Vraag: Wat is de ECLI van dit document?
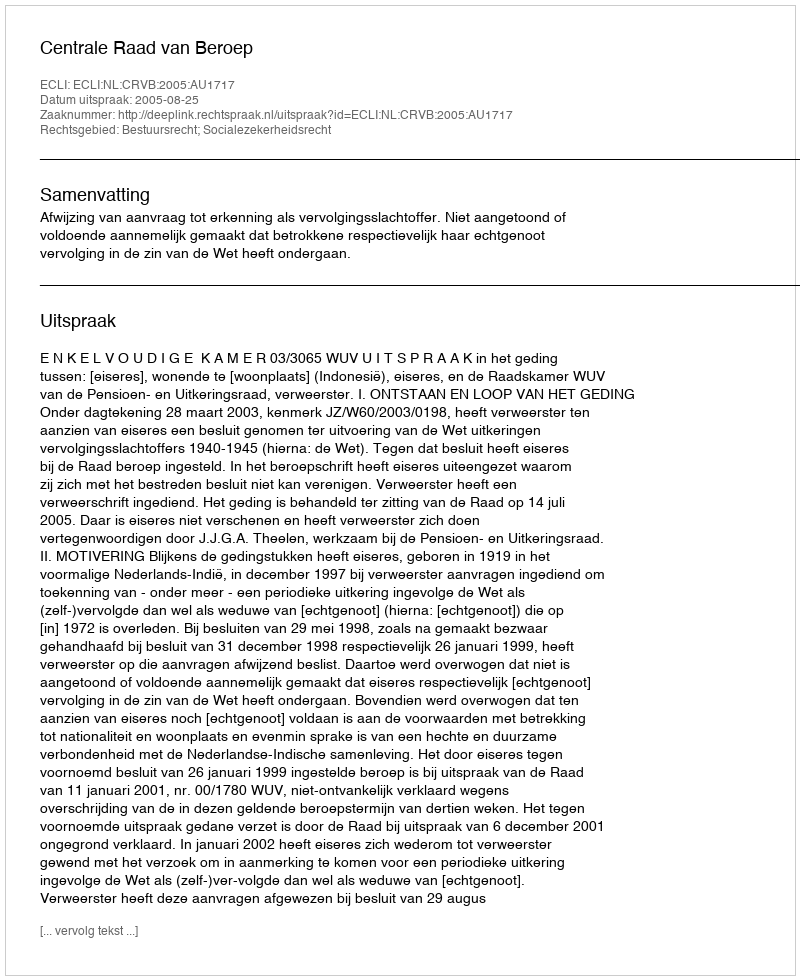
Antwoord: ECLI:NL:CRVB:2005:AU1717